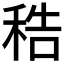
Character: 𥞴